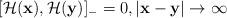
LaTeX: \begin{align*}[{\cal H}({\bf x}), {\cal H}({\bf y})]_-=0, |{\bf x}-{\bf y}| \rightarrow \infty \end{align*}